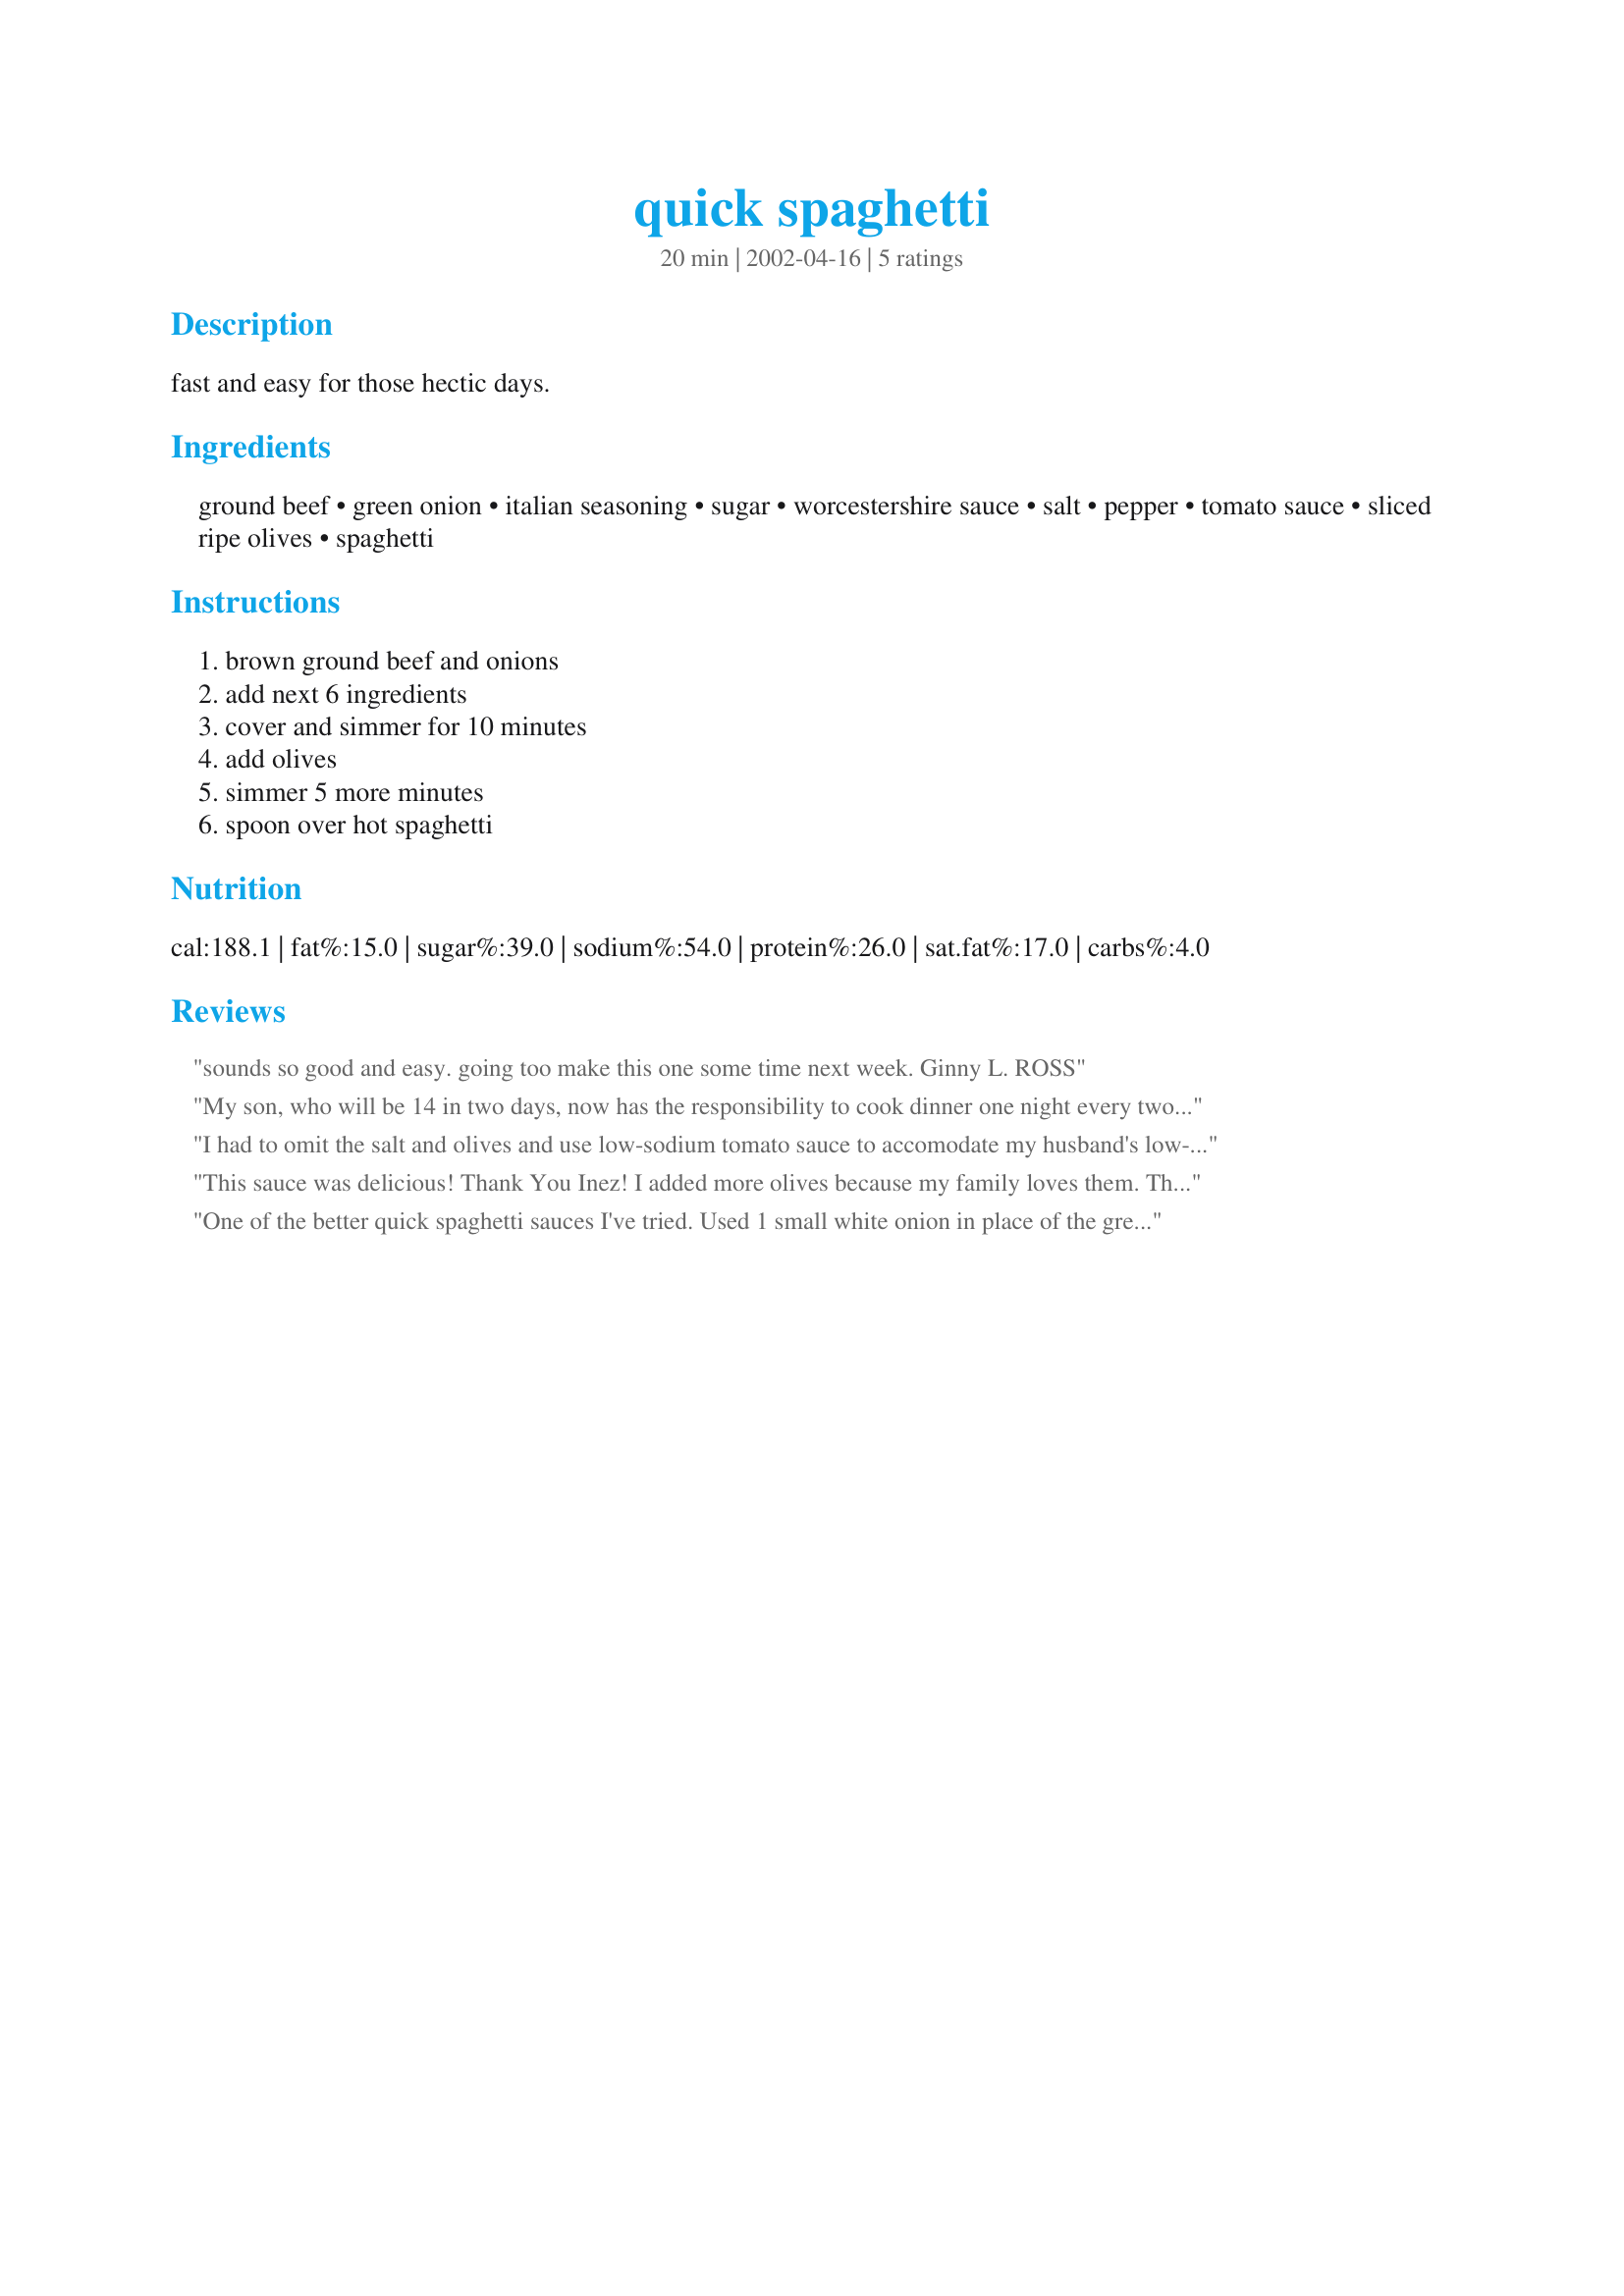
quick spaghetti
Preparation time: 20 minutes

fast and easy for those hectic days.

Ingredients:
ground beef, green onion, italian seasoning, sugar, worcestershire sauce, salt, pepper, tomato sauce, sliced ripe olives, spaghetti

Steps:
brown ground beef and onions, add next 6 ingredients, cover and simmer for 10 minutes, add olives, simmer 5 more minutes, spoon over hot spaghetti

Reviews:
sounds so good and easy. going too make this one some time next week. Ginny L. ROSS
My son, who will be 14 in two days, now has the responsibility to cook dinner one night every two weeks.
We modified this recipe slightly to help him with making his menu choice of spaghetti. We didn't use the sauce here, although he did chop up the black olives (almost an entire can) and put them in the prepared spaghetti sauce. The amounts of ground beef and seasonings were doubled. The meat was actually very tasty, and came out just fine even though he cooked it on high heat. :)
I had to omit the salt and olives and use low-sodium tomato sauce to accomodate my husband's low-sodium diet, and also used equal parts lamb and pork instead of beef because that's what I had on hand. It's a pretty decent sauce, though nothing particularly extraordinary, and very easy to make. We'll definitely be using this one again.
This sauce was delicious! Thank You Inez! I added more olives because my family loves them. This was great!
One of the better quick spaghetti sauces I've tried. Used 1 small white onion in place of the green onions, omitted the Worcestershire sauce and didn't have the olives on hand. Also used 1 full pound of ground beef and wouldn't recommend using any less. Thanks for a quick and easy dinner that we enjoyed!
